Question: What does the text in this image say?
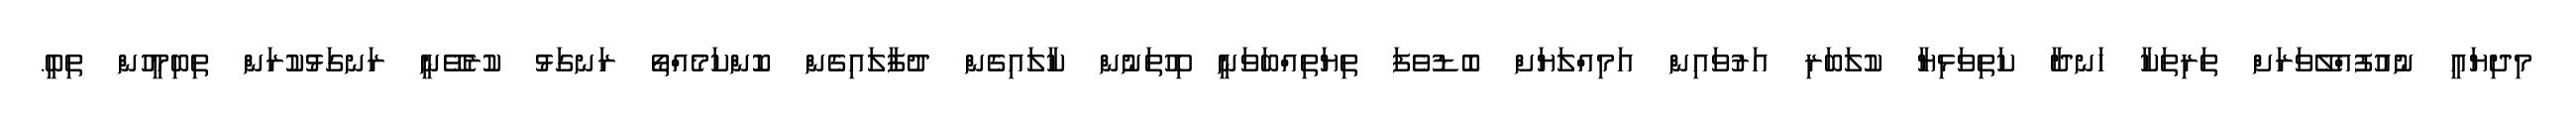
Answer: މިދިޔައީ ނުއުފުއްލޭވަރަށް ތަރިތަކާ ހަނދާ ކަތިވަޅިޔާ ކުލަބަރި އަރުވައިން އަމިއްލަޔަށް ބޮޑުވެފަ ތިޔަތިއްބަވަނީ ހިހޫތަނުން ކާލައިގެން ދުފާލައިގެން ކޮންކަމެއްތޯ ރަނގަޅު ކުރެވޭނީ ރަނގަޅުކުރަން ތިބިމީހުން ތިބީ.